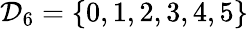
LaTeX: {\mathcal{D}}_{6}=\lbrace 0,1,2,3,4,5\rbrace